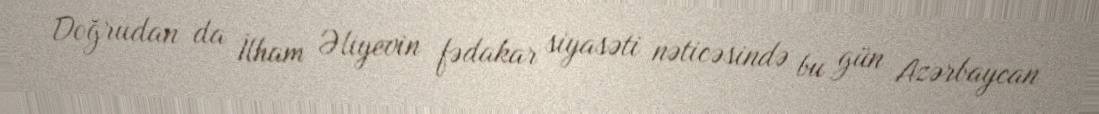
Doğrudan da İlham Əliyevin fədakar siyasəti nəticəsində bu gün Azərbaycan